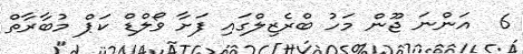
6  އަންނަ ޖޫން މަހު ބްރެޒިލްގައި ފަށާ ވޯލްޑް ކަޕް މުބާރާތް